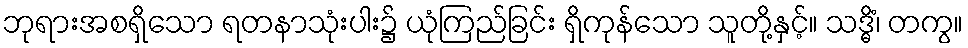
ဘုရားအစရှိသော ရတနာသုံးပါး၌ ယုံကြည်ခြင်း ရှိကုန်သော သူတို့နှင့်။ သဒ္ဓိံ၊ တကွ။